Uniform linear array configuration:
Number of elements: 32
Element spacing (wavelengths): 0.75
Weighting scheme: kaiser
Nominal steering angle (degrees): -30
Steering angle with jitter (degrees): -30.554
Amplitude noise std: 0.05
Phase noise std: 0.05

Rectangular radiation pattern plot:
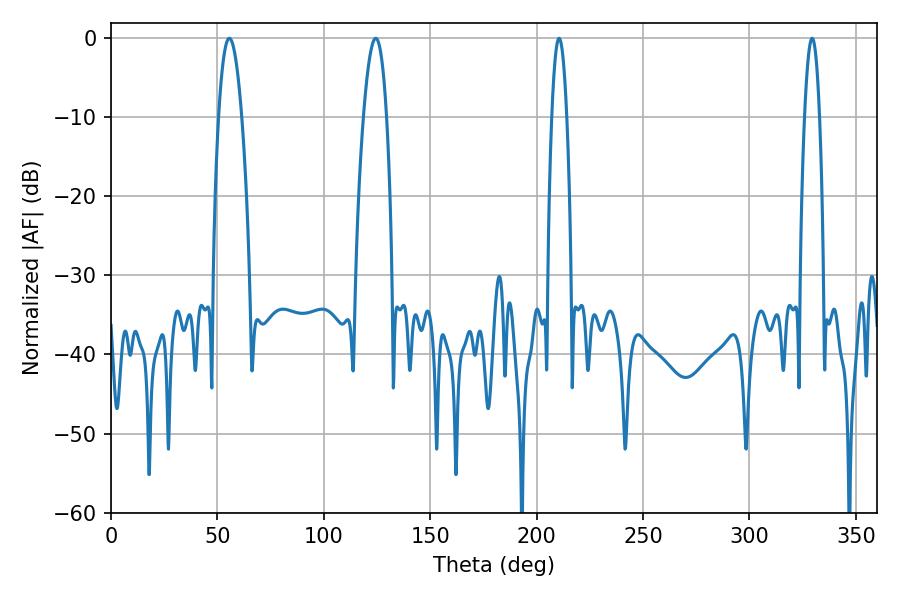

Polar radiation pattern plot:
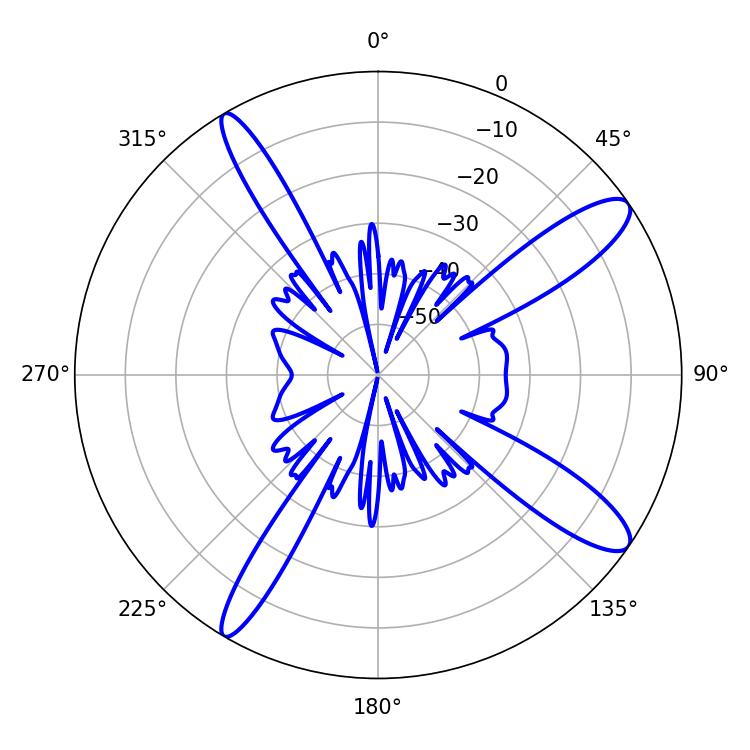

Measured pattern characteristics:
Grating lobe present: TRUE
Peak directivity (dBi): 12.531
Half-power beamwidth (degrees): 5.94
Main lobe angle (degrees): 55.62